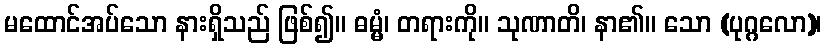
မထောင်အပ်သော နားရှိသည် ဖြစ်၍။ ဓမ္မံ၊ တရားကို။ သုဏာတိ၊ နာ၏။ သော (ပုဂ္ဂလော)၊